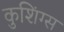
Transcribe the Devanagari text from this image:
कुशिंग्स